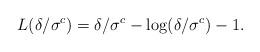
LaTeX: \begin{align*} L(\delta/\sigma^c)=\delta/\sigma^c-\log(\delta/\sigma^c)-1. \end{align*}